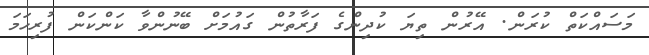
މަސައްކަތް ކުރަން. އޭރުން ތިޔަ ކުދިންގެ ފަރާތުން ގައުމަށް ބޭނުންވާ ކަންކަން ފުރިހަމަ